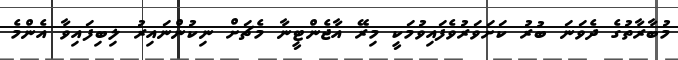
މުބާރާތުގެ ދެވަނަ ބުރު ކަށަވަރުވެފައިވުމަކީ މިރޭ އާޖެންޓީނާ މެޗަށް ނިކުންނައިރު ލިބިފައިވާ އެންމެ